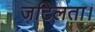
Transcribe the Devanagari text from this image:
जटिलता।